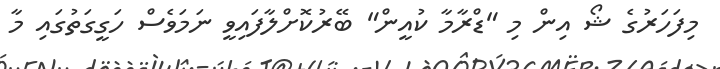
މިފަހަރުގެ ޝޯ އިން މި "ޑްރާމާ ކުއީން" ބޭރުކޮށްލާފައިވީ ނަމަވެސް ހަގީގަތުގައި މާ